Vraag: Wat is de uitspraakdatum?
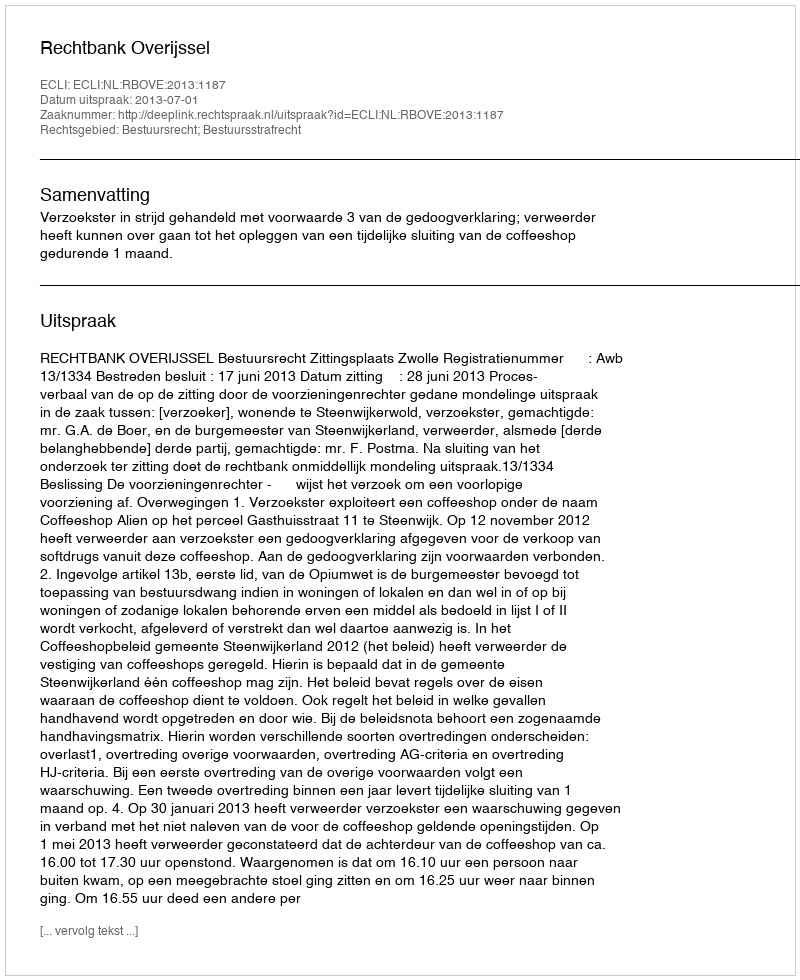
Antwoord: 2013-07-01